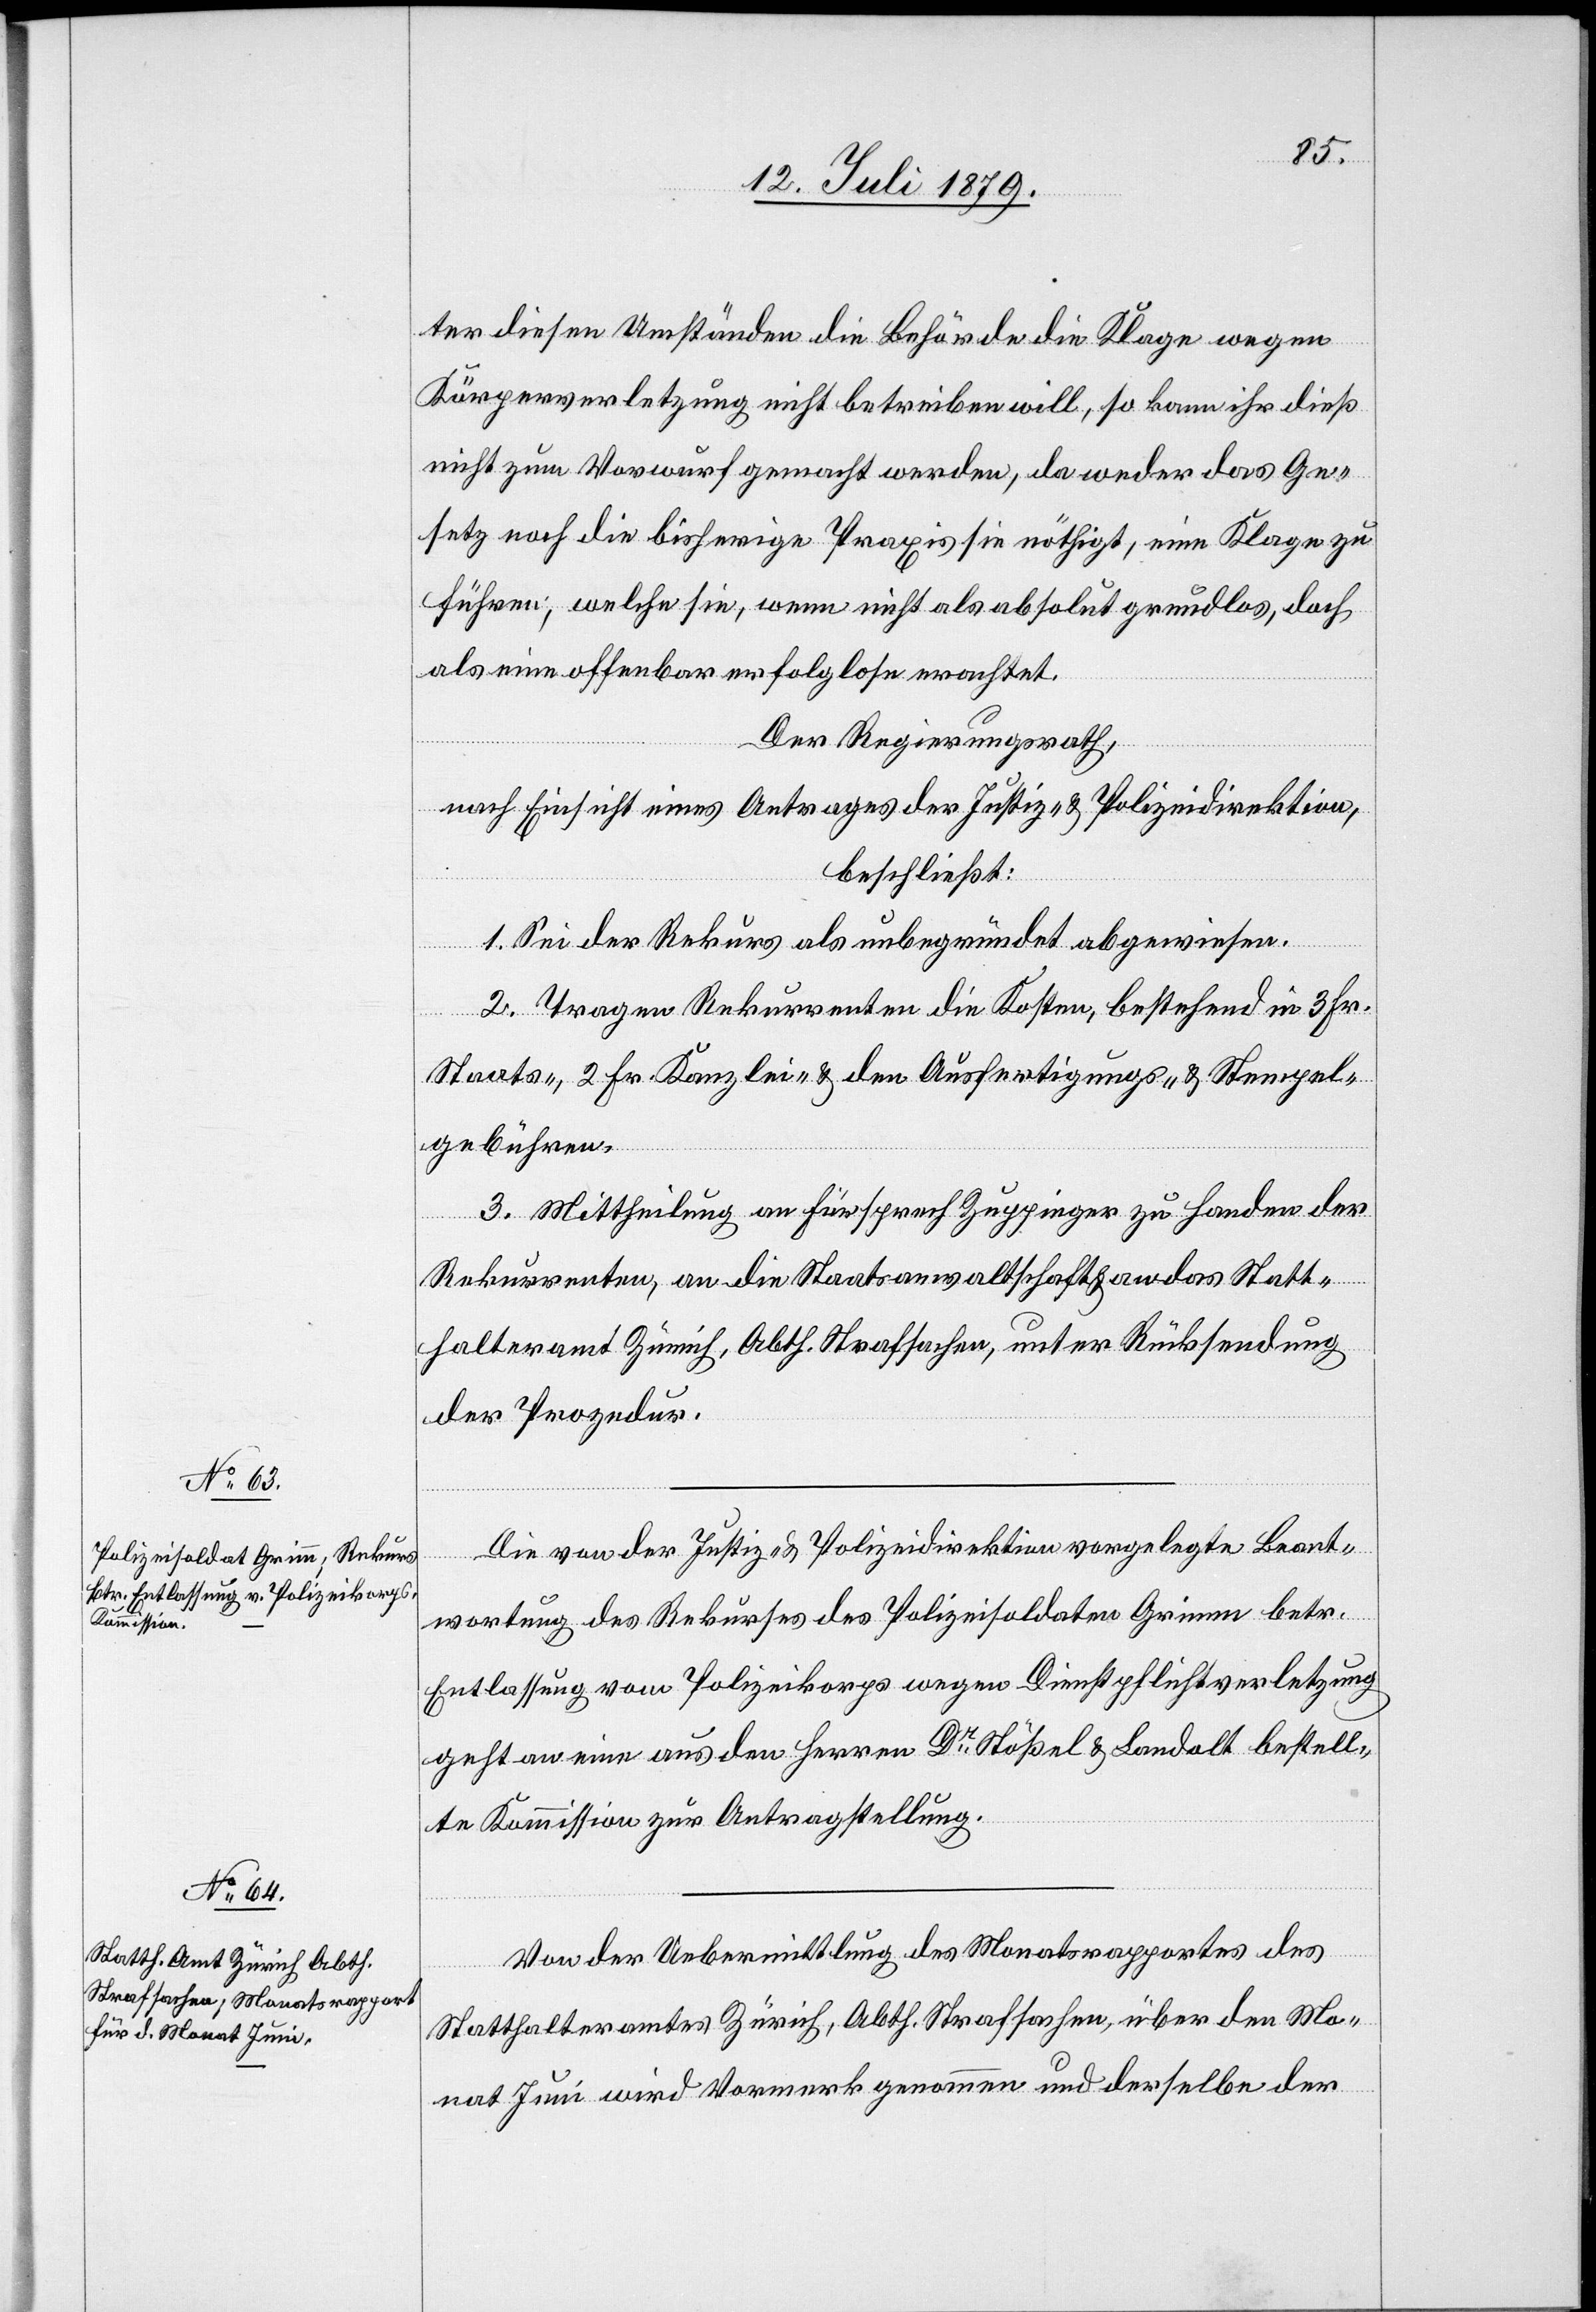
ter diesen Umständen die Behörde die Klage wegen
Körperverletzung nicht betreiben will, so kann ihr dies
nicht zum Vorwurf gemacht werden, da weder das Ge¬
setz noch die bisherige Praxis sie nöthigt, eine Klage zu
führen, welche sie, wenn nicht als absolut grundlos, doch
als eine offenbar erfolglose erachtet.
Der Regierungsrath,
nach Einsicht eines Antrages der Justiz- & Polizeidirektion,
beschließt:
1. Sei der Rekurs als unbegründet abgewiesen.
2. Tragen Rekurrenten die Kosten, bestehend in 3 Fr.
Staats-, 2 Fr. Kanzlei- & den Ausfertigungs- & Stempel¬
gebühren.
3. Mittheilung an Fürsprech Zuppinger zu Handen der
Rekurrenten, an die Staatsanwaltschaft & an das Statt¬
halteramt Zürich, Abth. Strafsachen, unter Rücksendung
der Prozedur.
Die von der Justiz- & Polizeidirektion vorgelegte Beant¬
wortung des Rekurses des Polizeisoldaten Grimm betr.
Entlassung vom Polizeikorps wegen Dienstpflichtverletzung
geht an eine aus den Herren Dr Stößel & Landolt bestell¬
te Kommission zur Antragstellung.
Von der Uebermittlung des Monatsrapportes des
Statthalteramtes Zürich, Abth. Strafsachen, über den Mo¬
nat Juni wird Vormerk genommen und derselbe der